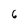
Character: 6